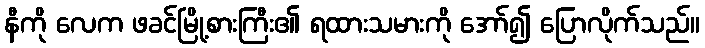
နီကို လေက ဖခင်မြို့စားကြီး၏ ရထားသမားကို အော်၍ ပြောလိုက်သည်။